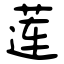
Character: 莲